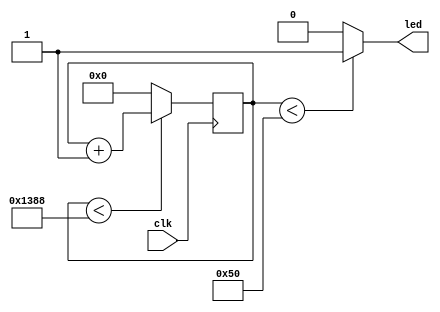
  `timescale 1ns / 1ps

module yt_pwm(
	input clk,
	output led
	);
// Create a simple counter

reg [7:0] counter =0;
always @ (posedge clk) begin
	if (counter < 5000) counter<= counter +1; // count until 5000
	else counter <=0;// reset counter
end

// create 80% duty cycle

assign led = (counter<80) ? 1:0; // assign LED to 1 if counter value is less than 80
endmodule